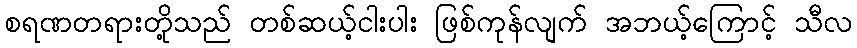
စရဏတရားတို့သည် တစ်ဆယ့်ငါးပါး ဖြစ်ကုန်လျက် အဘယ့်ကြောင့် သီလ